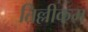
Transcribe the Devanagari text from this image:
तिल्लीकम